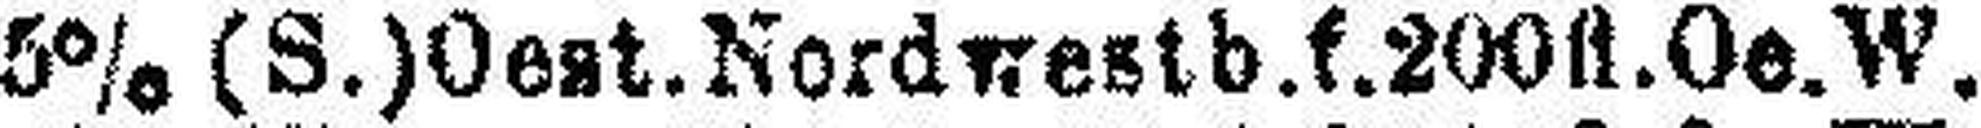
5% (S.) Oeat. Nordwestb.f.200fl.Oe.W.